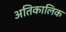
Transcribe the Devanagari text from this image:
अतिकालिक